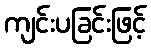
ကျင်းပခြင်းဖြင့်